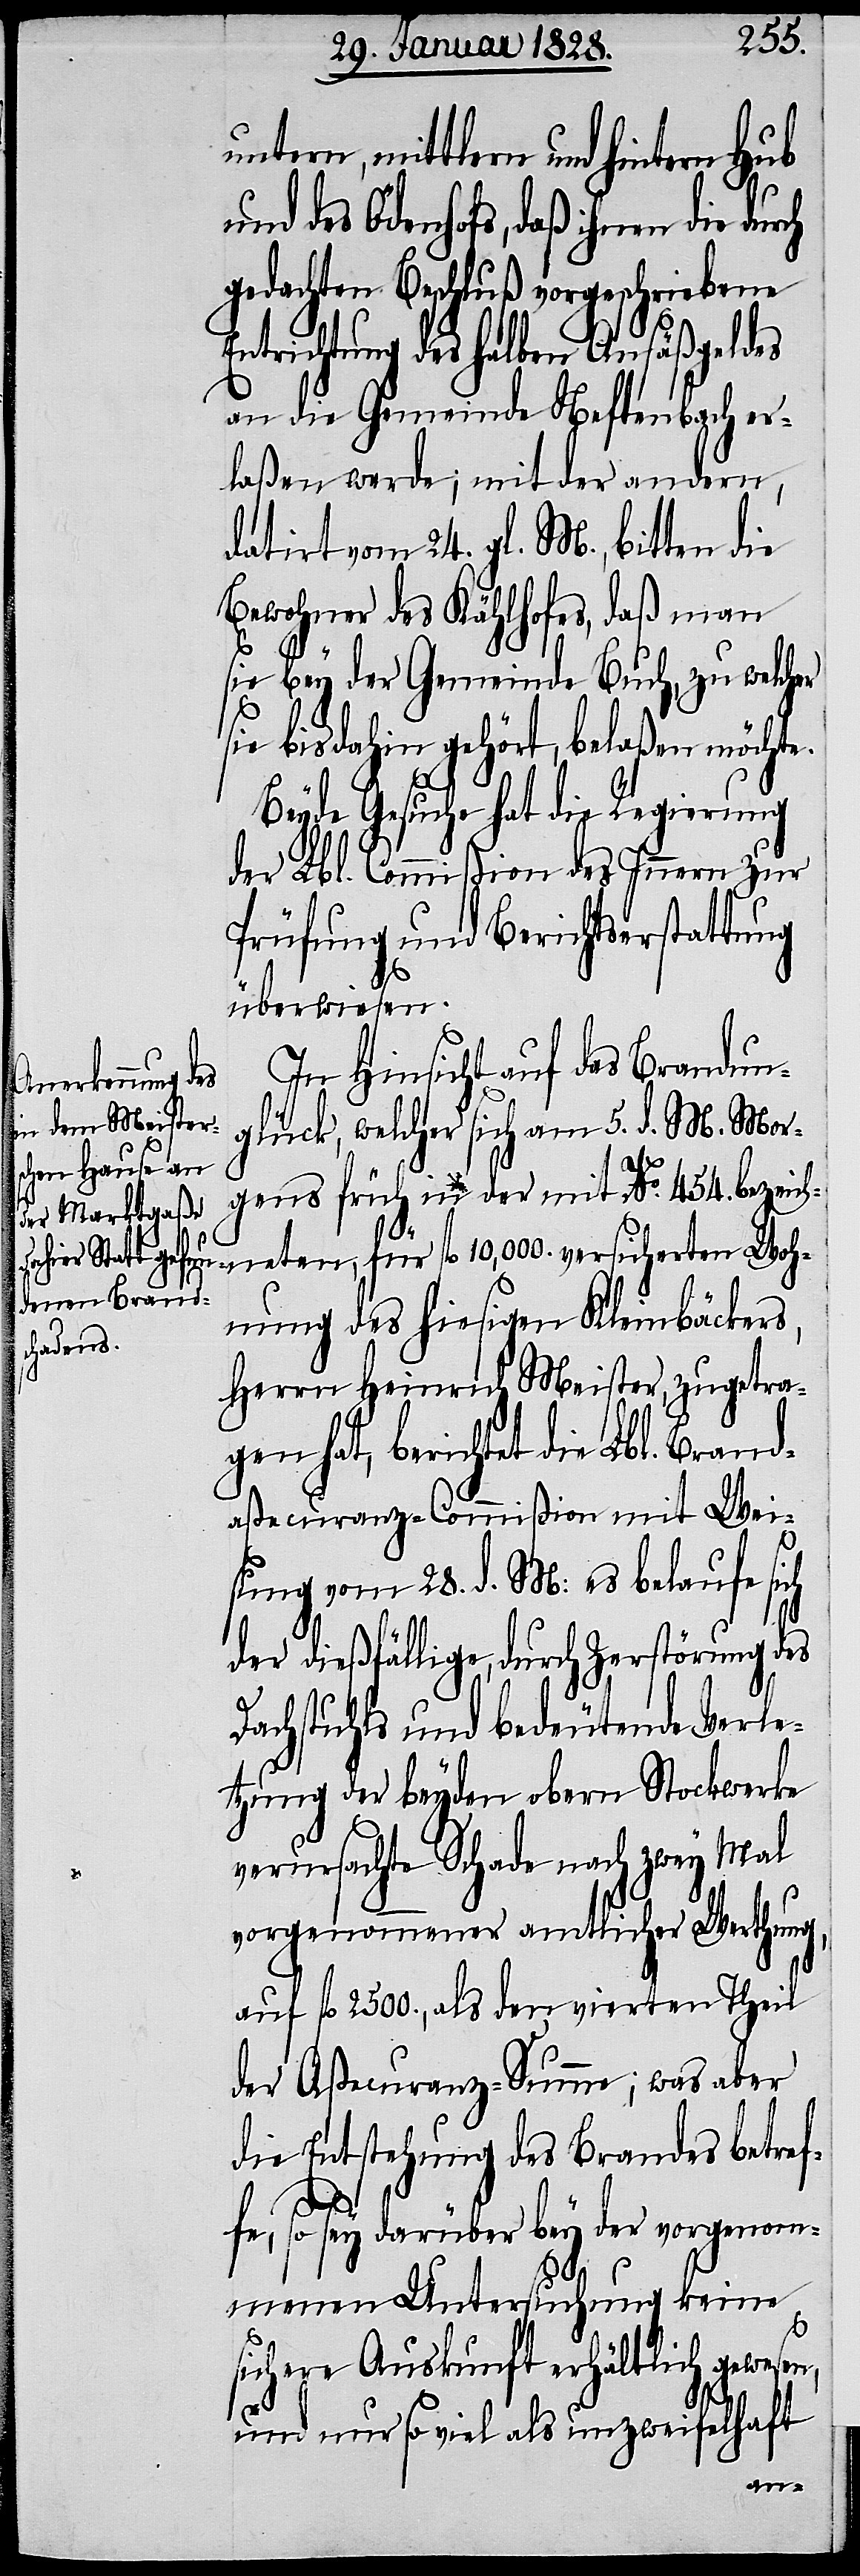
untern, mittleren und hintern Hub
und des Ödenhofes, daß ihnen die dur¬
gedachten Beschluß vorgeschriebene
Entrichtung des halben Ansäßengeldes
an die Gemeinde Neftenbach er¬
laßen werde; mit der andern,
datirt vom 24. gl. M., bitten die
Bewohner des Kählhofes, daß man
sie bey der Gemeinde Buch, zu welcher
sie bis dahin gehört, belaßen möchte.
Beyde Gesuche hat die Regierung
der Lbl. Commißion des Innern zur
Prüfung und Berichtserstattung
überwiesen.
In Hinsicht auf das Brandun¬
glück, welches sich am 5. d. M. Mor¬
gens früh in der mit No. 454. bezeic¬
hneten, für fl. 10,000. versicherten Woh¬
nung des hiesigen Kleinbäckers,
Herrn Heinrich Meister, zugetra¬
gen hat, berichtet die Lbl. Brand¬
aßecuranz-Commißion mit Wei¬
ch
sung vom 28. d. M: es belaufe sich
der dießfällige, durch Zerstörung des
Dachstuhls und bedeutende Verle¬
tzung der beyden obern Stockwerke
verursachte Schade nach zwey Mal
vorgenommener amtlicher Werthung,
auf fl. 2500., als den vierten Theil
der Aßecuranz-Summe; was aber
die Entstehung des Brandes betref¬
fe, so sey darüber bey der vorgenom¬
menen Untersuchung keine
sichere Auskunft erhältlich gewes¬
und nur so viel als unzweifelhaft
en,